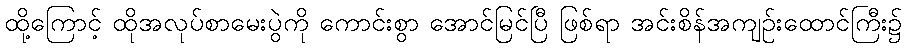
ထို့ကြောင့် ထိုအလုပ်စာမေးပွဲကို ကောင်းစွာ အောင်မြင်ပြီ ဖြစ်ရာ အင်းစိန်အကျဉ်းထောင်ကြီး၌